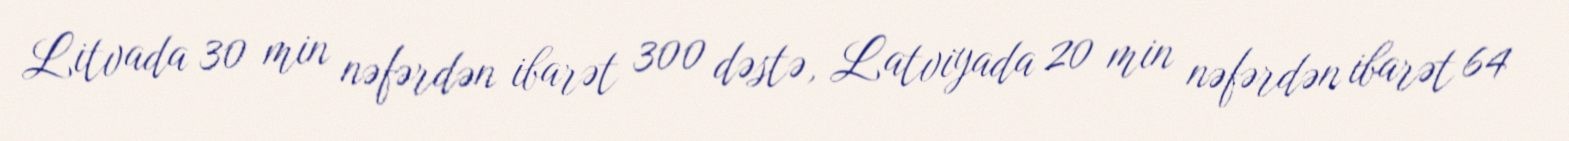
Litvada 30 min nəfərdən ibarət 300 dəstə, Latviyada 20 min nəfərdən ibarət 64